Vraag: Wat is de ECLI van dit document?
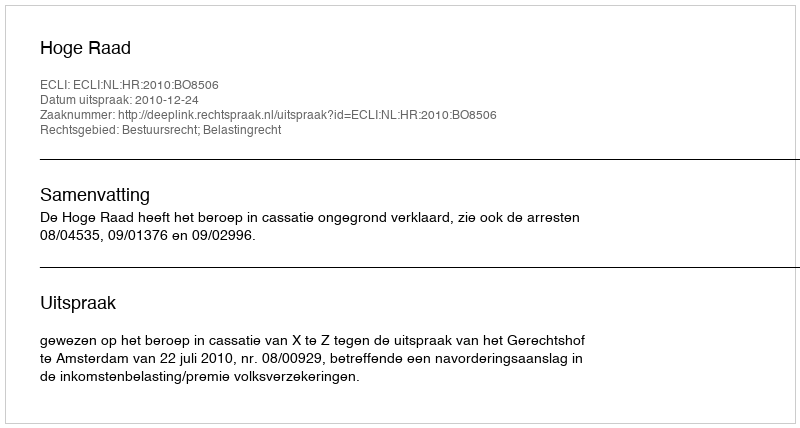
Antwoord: ECLI:NL:HR:2010:BO8506